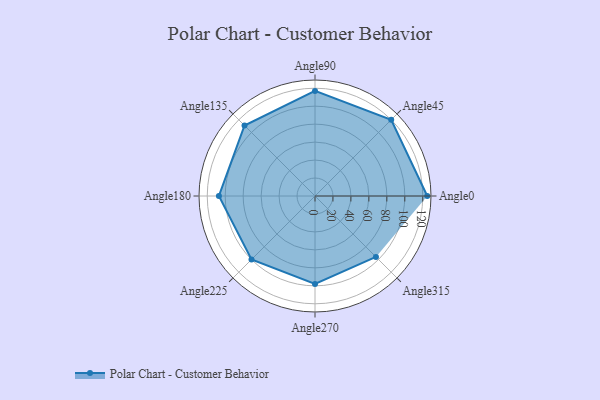
{"axis": {"x": "Angle", "y": "Radius"}, "legend": [""], "data": [{"x": "Angle0", "y": 125.0, "type": ""}, {"x": "Angle45", "y": 120.0, "type": ""}, {"x": "Angle90", "y": 117.0, "type": ""}, {"x": "Angle135", "y": 111.0, "type": ""}, {"x": "Angle180", "y": 107.0, "type": ""}, {"x": "Angle225", "y": 100.0, "type": ""}, {"x": "Angle270", "y": 98.0, "type": ""}, {"x": "Angle315", "y": 96.0, "type": ""}]}